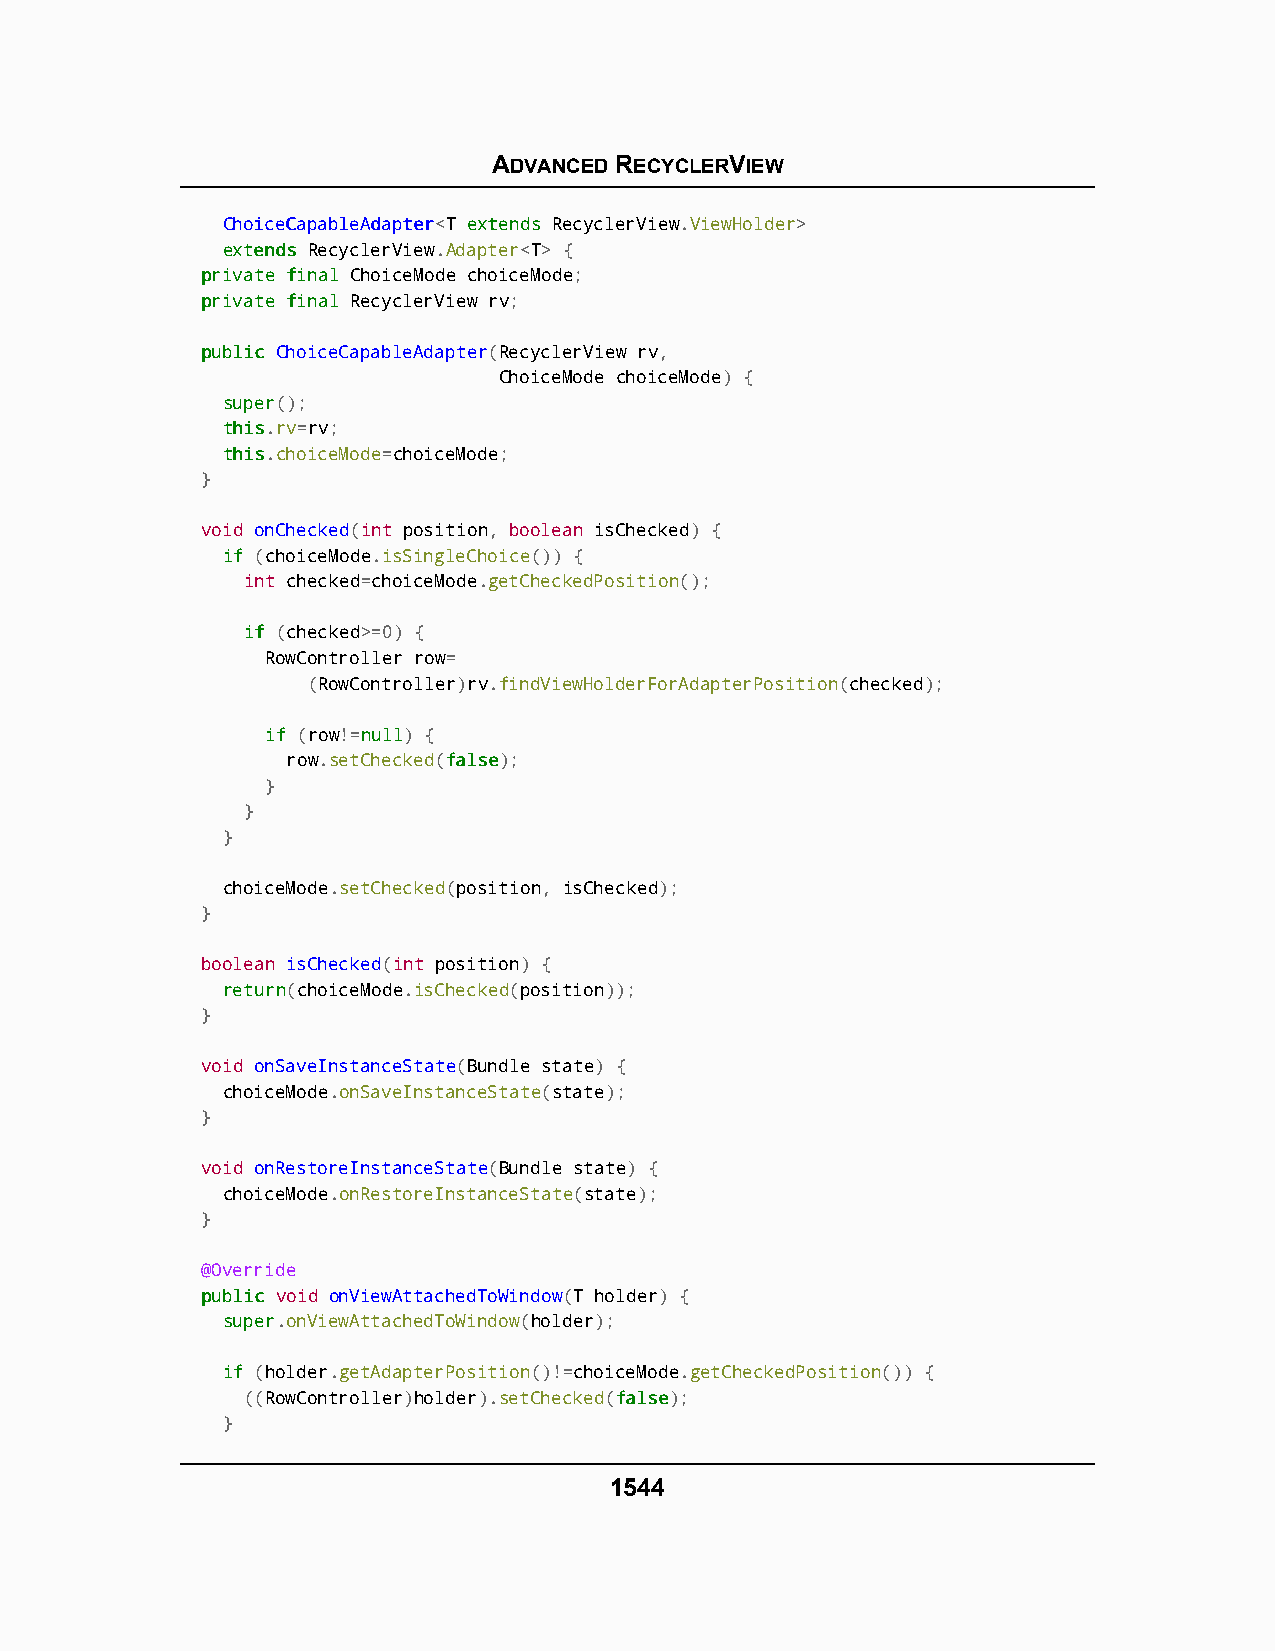
ADVANCED RECYCLERVIEW
 CChhooiicceeCCaappaabblleeAAddaapptteerr<T eexxtteennddss RecyclerView.ViewHolder>
 eexxtteennddss RecyclerView.Adapter<T> {
 pprriivvaattee ffiinnaall ChoiceMode choiceMode;
 pprriivvaattee ffiinnaall RecyclerView rv;
 ppuubblliicc ChoiceCapableAdapter(RecyclerView rv,
 ChoiceMode choiceMode) {
 ssuuppeerr();
 tthhiiss.rv=rv;
 tthhiiss.choiceMode=choiceMode;
 }
 void onChecked(int position, boolean isChecked) {
 iiff (choiceMode.isSingleChoice()) {
 int checked=choiceMode.getCheckedPosition();
 iiff (checked>=0) {
 RowController row=
 (RowController)rv.findViewHolderForAdapterPosition(checked);
 iiff (row!=nnuullll) {
 row.setChecked(ffaallssee);
 }
 }
 }
 choiceMode.setChecked(position, isChecked);
 }
 boolean isChecked(int position) {
 rreettuurrnn(choiceMode.isChecked(position));
 }
 void onSaveInstanceState(Bundle state) {
 choiceMode.onSaveInstanceState(state);
 }
 void onRestoreInstanceState(Bundle state) {
 choiceMode.onRestoreInstanceState(state);
 }
 @Override
 ppuubblliicc void onViewAttachedToWindow(T holder) {
 ssuuppeerr.onViewAttachedToWindow(holder);
 iiff (holder.getAdapterPosition()!=choiceMode.getCheckedPosition()) {
 ((RowController)holder).setChecked(ffaallssee);
 }
 1544